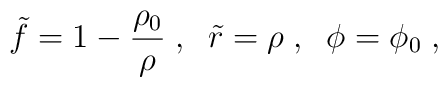
\tilde{f} = 1 - \frac{\rho_0}{\rho} \; , \; \;\tilde{r} = \rho \; , \; \; \phi = \phi_0 \; ,